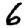
Digit: 6